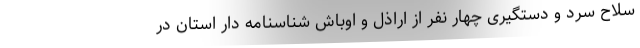
سلاح سرد و دستگیری چهار نفر از اراذل و اوباش شناسنامه دار استان در